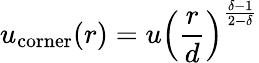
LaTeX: u_{\mathrm{corner}}(r)=u\left(\frac{r}{d}\right)^{\frac{\delta-1}{2-\delta}}